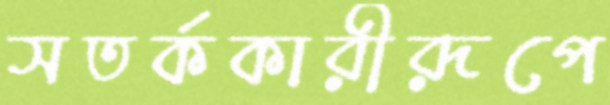
সতর্ককারীরূপে